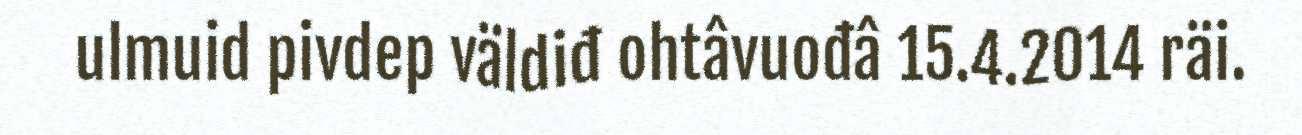
ulmuid pivdep väldiđ ohtâvuođâ 15.4.2014 räi.